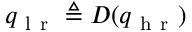
q _ { \mathrm { ~ l ~ r ~ } } \triangleq D ( q _ { \mathrm { ~ h ~ r ~ } } )